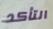
التأكد